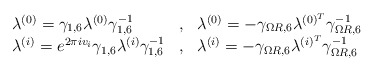
\begin{align*}\begin{array}{lcl} \lambda^{(0)} = \gamma_{1,6} \lambda^{(0)} \gamma_{1,6}^{-1} &, &\lambda^{(0)} = -\gamma_{\Omega R,6} \lambda^{(0)^{T}} \gamma_{\Omega R,6}^{-1} \\ \lambda^{(i)} = e^{2\pi iv_i}\gamma_{1,6} \lambda^{(i)} \gamma_{1,6}^{-1} &,&\lambda^{(i)} = -\gamma_{\Omega R,6} \lambda^{(i)^T} \gamma_{\Omega R,6}^{-1} \end{array}\end{align*}